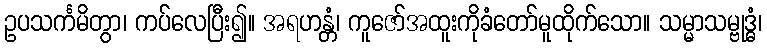
ဥပသင်္ကမိတွာ၊ ကပ်လေပြီး၍။ အရဟန္တံ၊ ကူဇော်အထူးကိုခံတော်မူထိုက်သော။ သမ္မာသမ္ဗုဒ္ဓံ၊